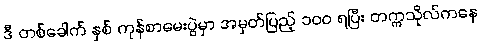
ဒီ တစ်ခေါက် နှစ် ကုန်စာမေးပွဲမှာ အမှတ်ပြည့် ၁၀၀ ရပြီး တက္ကသိုလ်ကနေ